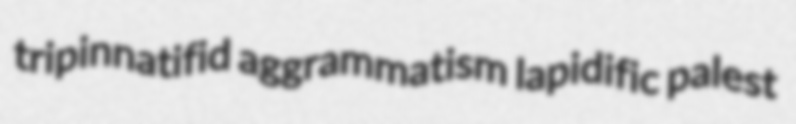
tripinnatifid aggrammatism lapidific palest